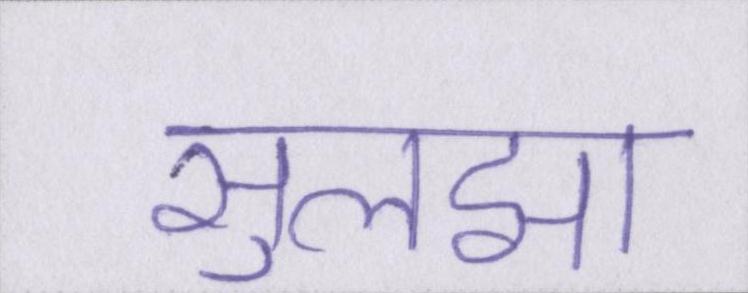
सुलझा